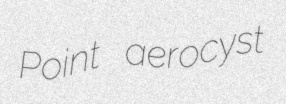
Point aerocyst